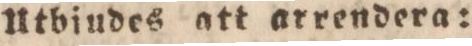
Utbiudes att arrendera: